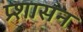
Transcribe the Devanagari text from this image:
प्र्शासन